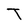
Character: T